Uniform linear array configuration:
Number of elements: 64
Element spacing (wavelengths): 0.5
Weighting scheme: hamming
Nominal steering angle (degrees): -15
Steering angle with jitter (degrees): -13.688
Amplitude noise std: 0.05
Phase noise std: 0.05

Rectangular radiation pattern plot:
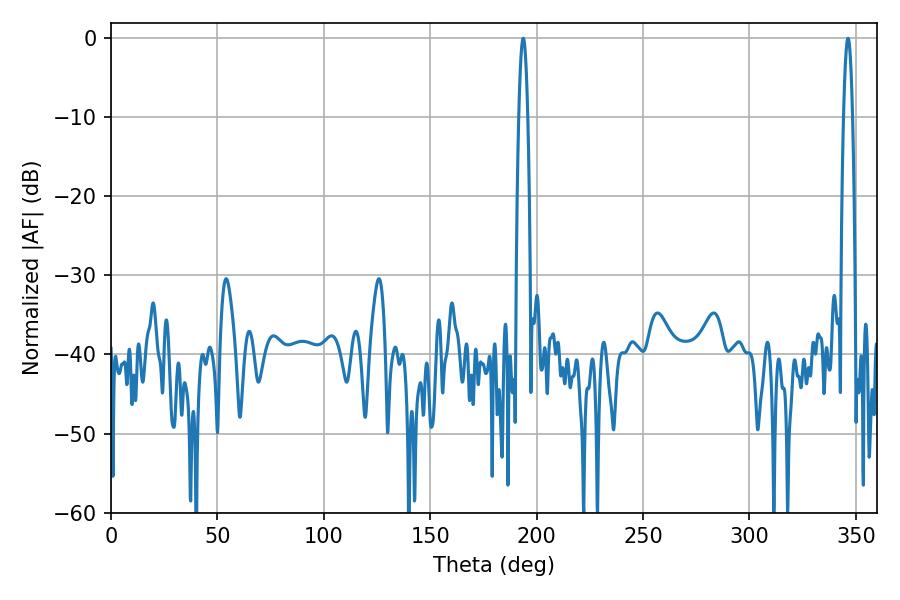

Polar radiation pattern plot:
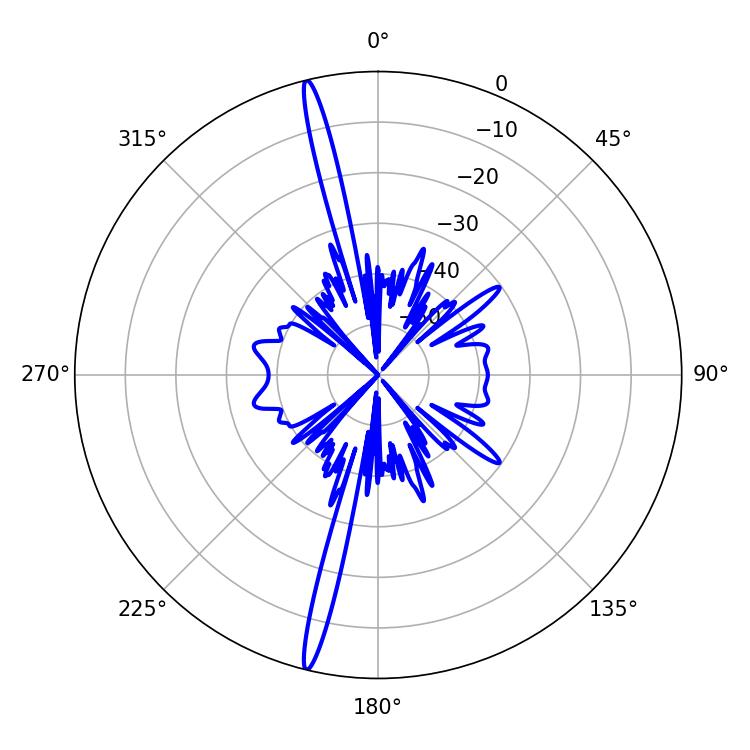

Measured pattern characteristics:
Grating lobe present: FALSE
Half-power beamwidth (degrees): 2.16
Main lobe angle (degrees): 193.68